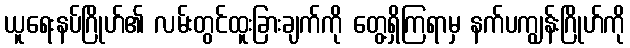
ယူရေးနပ်ဂြိုဟ်၏ လမ်းတွင်ထူးခြားချက်ကို တွေ့ရှိကြရာမှ နက်ပကျွန်းဂြိုဟ်ကို